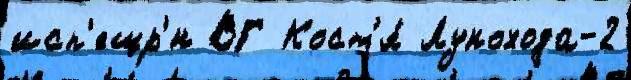
исп'ещр'́н ВГ Кост'я́ Лунохода-2